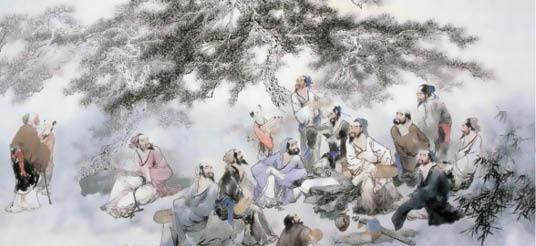
汉臣曾此作缧囚，茹血衣毛十九秋。